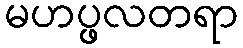
မဟပ္ဖလတရာ